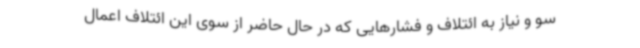
سو و نیاز به ائتلاف و فشارهایی که در حال حاضر از سوی این ائتلاف اعمال